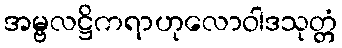
အမ္ဗလဋ္ဌိကရာဟုလောဝါဒသုတ္တံ